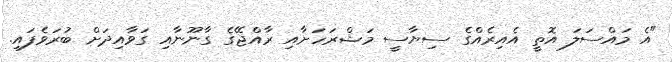
"އެ މައްސަލަ އޮތީ އެއިރެއްގެ ސިޔާސީ މަޝްރަހަށާއި ރާއްޖޭގެ ގާނޫނާއި ގަވާއިދަށް ބުރަވެފައި.